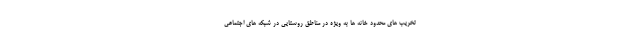
تخریب های محدود خانه ها به ویژه در مناطق روستایی در شبکه های اجتماعی